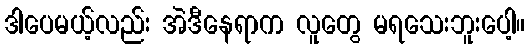
ဒါပေမယ့်လည်း အဲဒီနေရာက လူတွေ မရသေးဘူးပေါ့။